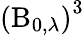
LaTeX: \left(\operatorname{B}_{0,\lambda}\right)^{3}